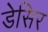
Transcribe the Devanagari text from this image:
डेसिर